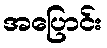
အပြောင်း